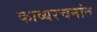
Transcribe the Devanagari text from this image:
काव्यरचनांत